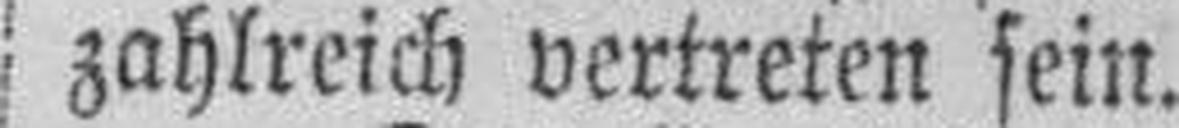
zahlreich vertreten sein.